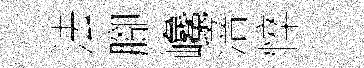
法腳巉涪悴